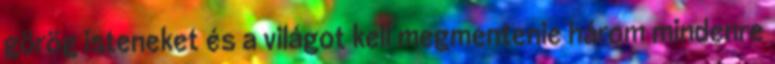
görög isteneket és a világot kell megmentenie három mindenre